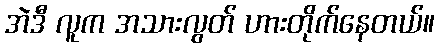
အဲဒီ လူက အသားလွတ် ဟားတိုက်နေတယ်။